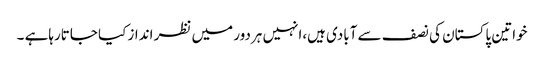
خواتین پاکستان کی نصف سے آبادی ہیں،انہیں ہردور میں نظر انداز کیا جاتارہاہے ۔